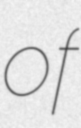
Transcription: of